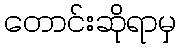
တောင်းဆိုရာမှ